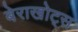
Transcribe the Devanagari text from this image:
बेराखोट्स